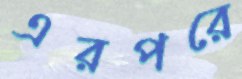
এরপরে